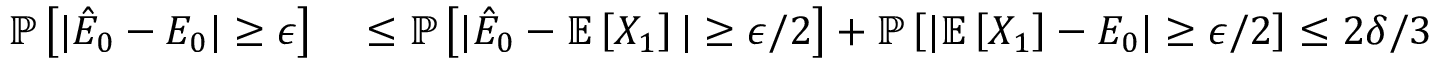
\begin{array} { r l } { \mathbb { P } \left[ | \hat { E } _ { 0 } - E _ { 0 } | \ge \epsilon \right] } & { { } \le \mathbb { P } \left[ | \hat { E } _ { 0 } - \mathbb { E } \left[ X _ { 1 } \right] | \ge \epsilon / 2 \right] + \mathbb { P } \left[ | \mathbb { E } \left[ X _ { 1 } \right] - E _ { 0 } | \ge \epsilon / 2 \right] \le 2 \delta / 3 + \delta / 3 = \delta , } \end{array}